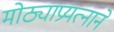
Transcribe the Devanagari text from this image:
मोठ्याप्रयत्नाने